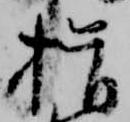
揖